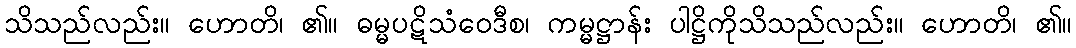
သိသည်လည်း။ ဟောတိ၊ ၏။ ဓမ္မပဋိသံဝေဒီစ၊ ကမ္မဋ္ဌာန်း ပါဋ္ဌိကိုသိသည်လည်း။ ဟောတိ၊ ၏။